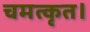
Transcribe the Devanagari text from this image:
चमत्कृत।